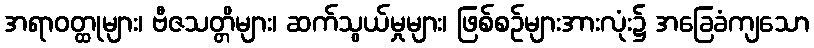
အရာဝတ္ထုများ၊ ဗီဇသတ္တိများ၊ ဆက်သွယ်မှုများ၊ ဖြစ်စဉ်များအားလုံး၌ အခြေခံကျသော